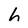
Character: h